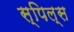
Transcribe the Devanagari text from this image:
स्पिल्स